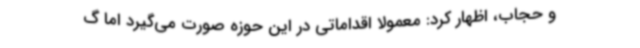
و حجاب، اظهار کرد: معمولا اقداماتی در این حوزه صورت می‌گیرد اما گ